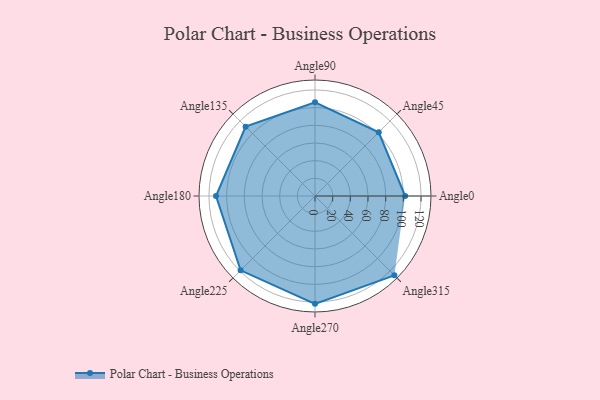
{"axis": {"x": "Angle", "y": "Radius"}, "legend": [""], "data": [{"x": "Angle0", "y": 102.0, "type": ""}, {"x": "Angle45", "y": 102.0, "type": ""}, {"x": "Angle90", "y": 106.0, "type": ""}, {"x": "Angle135", "y": 111.0, "type": ""}, {"x": "Angle180", "y": 112.0, "type": ""}, {"x": "Angle225", "y": 119.0, "type": ""}, {"x": "Angle270", "y": 122.0, "type": ""}, {"x": "Angle315", "y": 127.0, "type": ""}]}